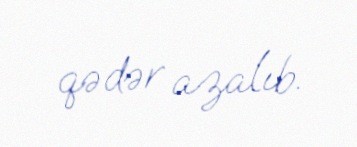
qədər azalıb.